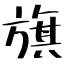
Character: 旗